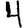
Digit: 4